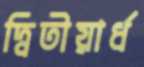
দ্বিতীয়ার্ধ